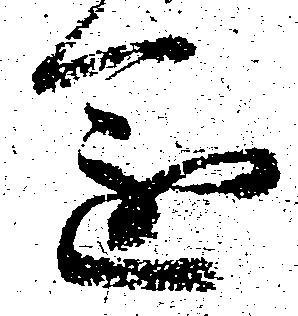
進